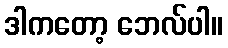
ဒါကတော့ ဘေလ်ပါ။